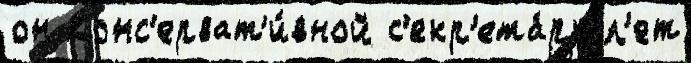
он Конс'ерват'и́вной с'екр'ета́рь л'ет